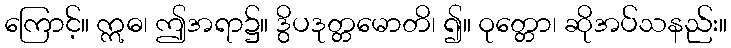
ကြောင့်။ ဣဓ၊ ဤအရာ၌။ ဒွိပဒုတ္တမောတိ၊ ၍။ ဝုတ္တော၊ ဆိုအပ်သနည်း။